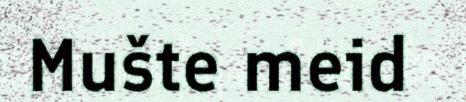
Mušte meid